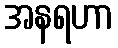
အနရဟာ